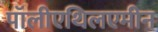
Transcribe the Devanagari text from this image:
पॉलीएथिलएमीन